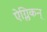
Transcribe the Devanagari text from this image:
ऐग्लिकन्